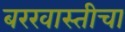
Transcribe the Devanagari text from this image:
बरखास्तीचा